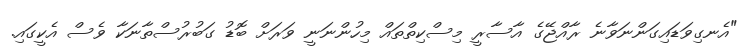
"އެނގިވަޑައިގަންނަވާނެ ރާއްޖޭގެ އާސާރީ މިސްކިތްތައް މިހުންނަނީ ވަރަށް ބޮޑު ގަބުރުސްތާނަކާ ވެސް އެކީގައި.